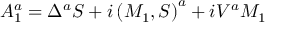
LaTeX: { \cal A } _ { 1 } ^ { a } = \Delta ^ { a } S + i \left( M _ { 1 } , S \right) ^ { a } + i V ^ { a } M _ { 1 }